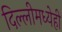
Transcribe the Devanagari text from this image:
दिल्लीमध्येही